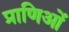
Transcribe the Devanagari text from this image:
प्राणिओं